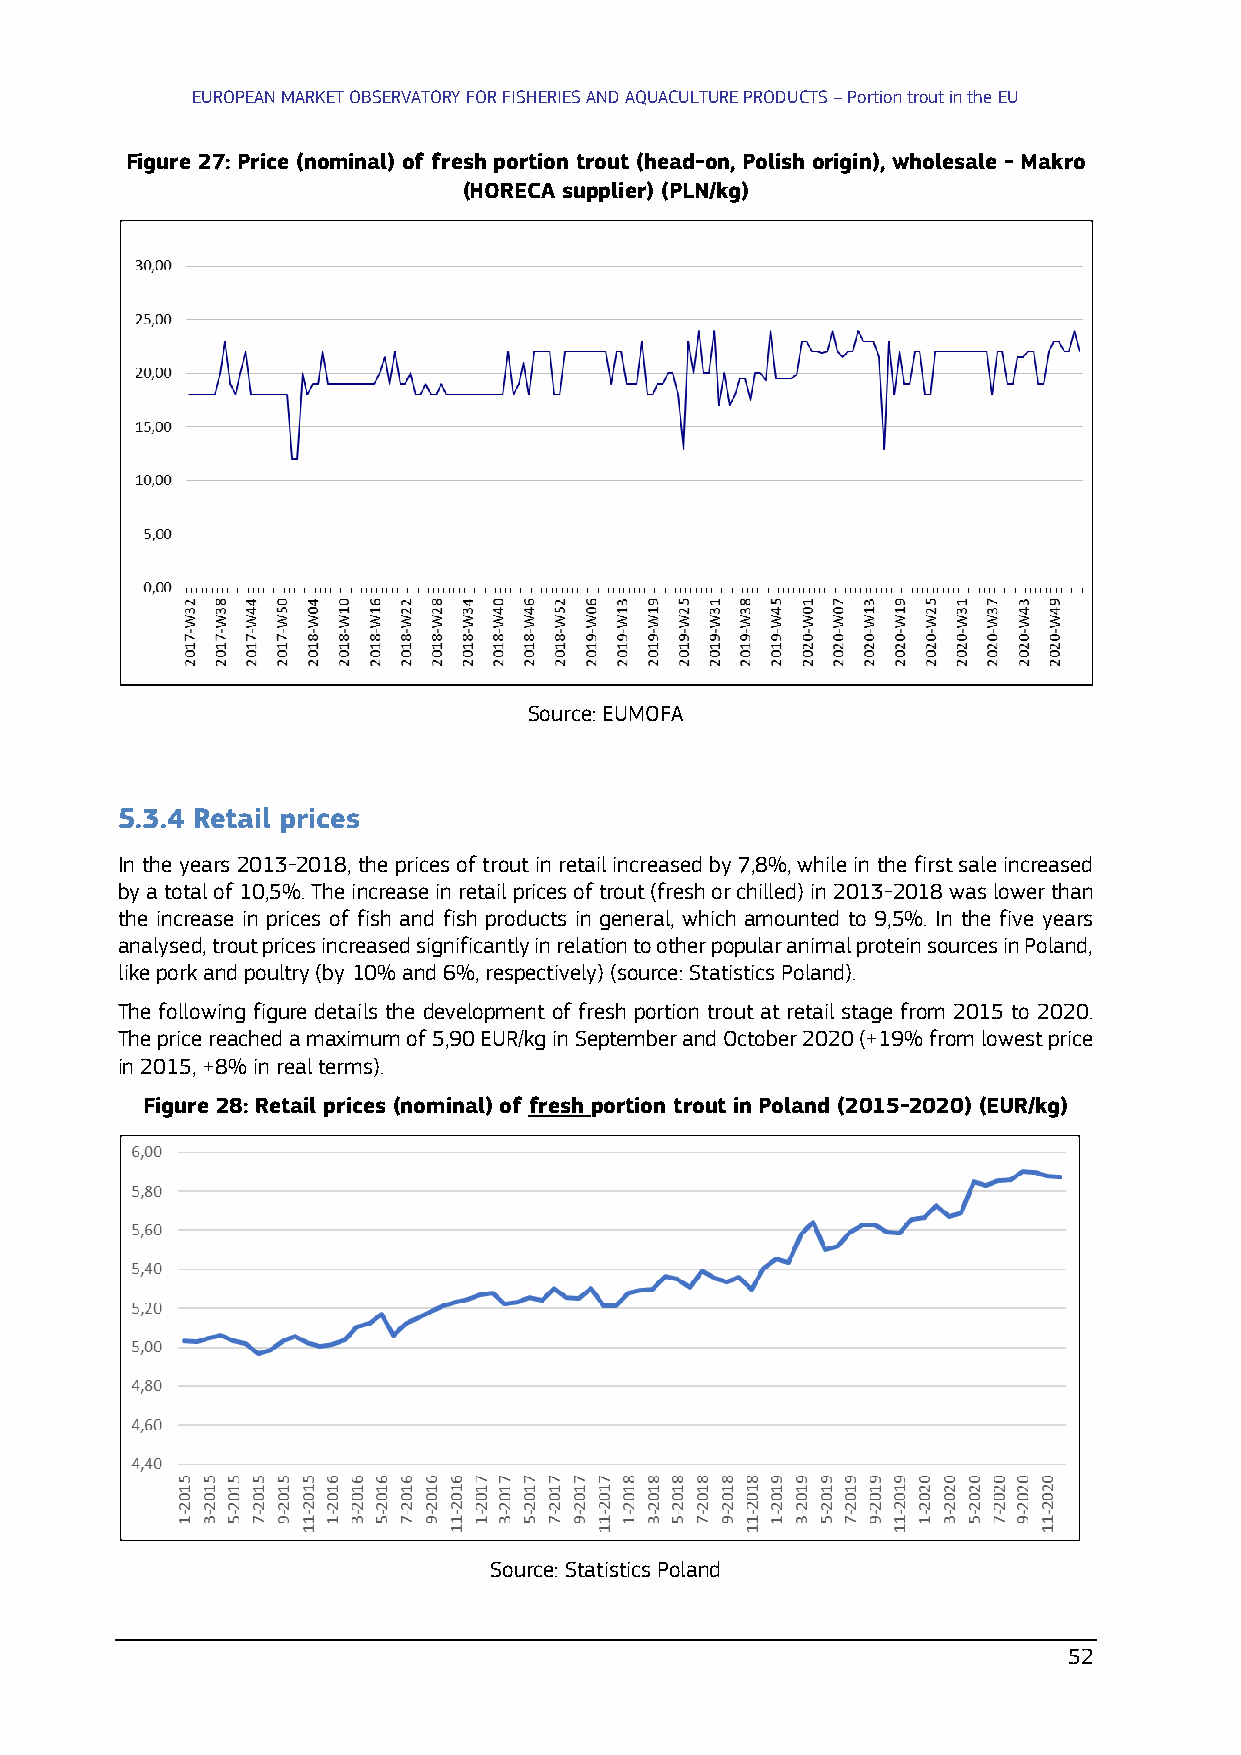
EUROPEAN MARKET OBSERVATORY FOR FISHERIES AND AQUACULTURE PRODUCTS – Portion trout in the EU
 Figure 27: Price (nominal) of fresh portion trout (head-on, Polish origin), wholesale - Makro
 (HORECA supplier) (PLN/kg)
 Source: EUMOFA
 5.3.4 Retail prices
 In the years 2013-2018, the prices of trout in retail increased by 7,8%, while in the first sale increased
 by a total of 10,5%. The increase in retail prices of trout (fresh or chilled) in 2013-2018 was lower than
 the increase in prices of fish and fish products in general, which amounted to 9,5%. In the five years
 analysed, trout prices increased significantly in relation to other popular animal protein sources in Poland,
 like pork and poultry (by 10% and 6%, respectively) (source: Statistics Poland).
 The following figure details the development of fresh portion trout at retail stage from 2015 to 2020.
 The price reached a maximum of 5,90 EUR/kg in September and October 2020 (+19% from lowest price
 in 2015, +8% in real terms).
 Figure 28: Retail prices (nominal) of fresh portion trout in Poland (2015-2020) (EUR/kg)
 Source: Statistics Poland
 52